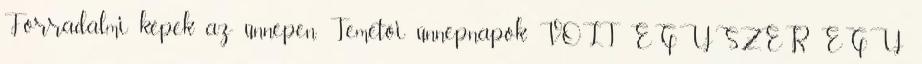
Forradalmi képek az ünnepen. Temetői ünnepnapok VOLT EGYSZER EGY